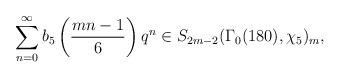
LaTeX: \begin{align*} \sum_{n=0}^\infty b_5\left( \frac{mn-1}{6} \right)q^n\in S_{2m-2}(\Gamma_0(180),\chi_5)_m,\end{align*}